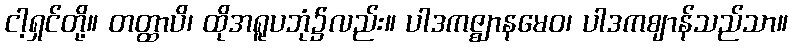
ငါ့ရှင်တို့။ တတ္ထာပိ၊ ထိုအရူပဘုံ၌လည်း။ ပါဒကဇ္ဈာနမေဝ၊ ပါဒကဈာန်သည်သာ။